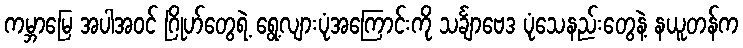
ကမ္ဘာမြေ အပါအဝင် ဂြိုဟ်တွေရဲ့ ရွေ့လျားပုံအကြောင်းကို သင်္ချာဗေဒ ပုံသေနည်းတွေနဲ့ နယူတန်က